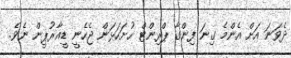
ދެވަނަ އަށް އެންމެ ގިނަ ފިންގާ ޕްރިންޓް ހުށަހަޅަން ޖެހެނީ ޑީއާރުޕީން ނެވެ.